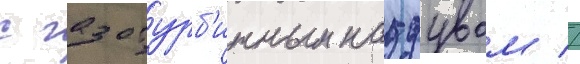
с газотурб'инным наддувом //